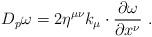
LaTeX: \begin{align*}D_p \omega=2 \eta^{\mu\nu} k_\mu \cdot\frac{\partial \omega}{\partial x^\nu}\,\,.\end{align*}